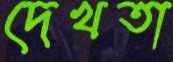
দেখতা